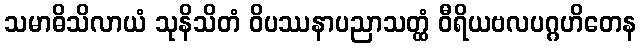
သမာဓိသိလာယံ သုနိသိတံ ဝိပဿနာပညာသတ္ထံ ဝီရိယဗလပဂ္ဂဟိတေန